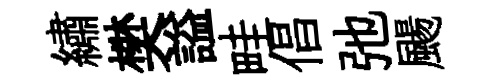
繡樊謚畦倡弛颺